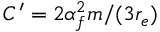
C ^ { \prime } = 2 \alpha _ { f } ^ { 2 } m / ( 3 r _ { e } )